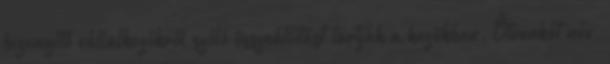
bizonyító vállalkozókról szóló összeállítást tartják a kezükben. Ötvenkét név,